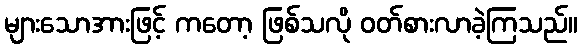
များသောအားဖြင့် ကတော့ ဖြစ်သလို ဝတ်စားလာခဲ့ကြသည်။